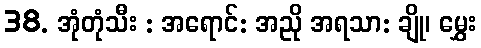
38. အုံတုံသီး : အရောင်: အညို အရသာ: ချို၊ မွှေး